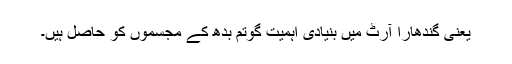
یعنی گندھارا آرٹ میں بُنیادی اہمیت گوتم بدھ کے مجسموں کو حاصل ہیں۔